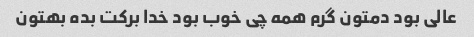
عالی بود دمتون گرم همه چی خوب بود خدا برکت بده بهتون